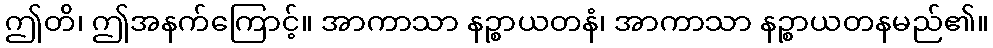
ဤတိ၊ ဤအနက်ကြောင့်။ အာကာသာ နဉ္စာယတနံ၊ အာကာသာ နဉ္စာယတနမည်၏။